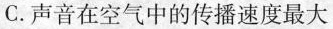
C.声音在空气中的传播速度最大